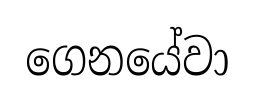
ගෙනයේවා